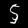
Label: 5